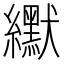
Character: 𫄓